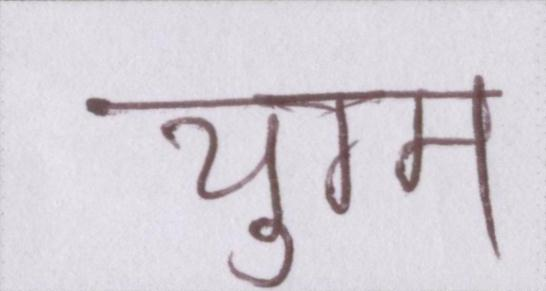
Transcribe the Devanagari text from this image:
युग्म